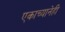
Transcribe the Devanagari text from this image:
एकाच्यानेही